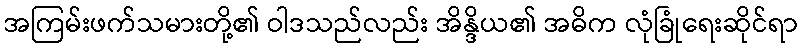
အကြမ်းဖက်သမားတို့၏ ဝါဒသည်လည်း အိန္ဒိယ၏ အဓိက လုံခြုံရေးဆိုင်ရာ